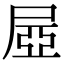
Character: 𡱻